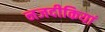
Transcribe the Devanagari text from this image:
नजदीकियां